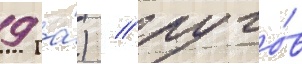
9 га́) / луго́в